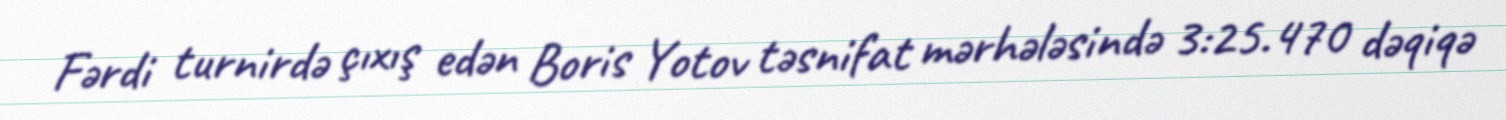
Fərdi turnirdə çıxış edən Boris Yotov təsnifat mərhələsində 3:25.470 dəqiqə